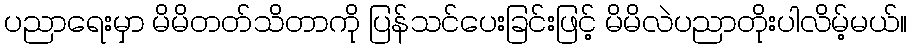
ပညာရေးမှာ မိမိတတ်သိတာကို ပြန်သင်ပေးခြင်းဖြင့် မိမိလဲပညာတိုးပါလိမ့်မယ်။